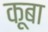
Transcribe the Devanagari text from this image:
क़ूबा